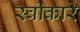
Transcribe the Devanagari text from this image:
स्‍वीकारे